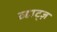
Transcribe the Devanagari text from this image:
व्हाट्ज़